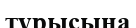
тұрысына